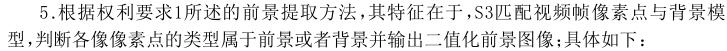
5.根据权利要求1所述的前景提取方法，其特征在于，S3匹配视频帧像素点与背景模型，判断各像素点的类型属于前景或者背景并输出二值化前景图像；具体如下：